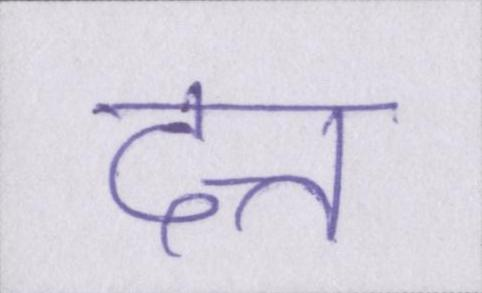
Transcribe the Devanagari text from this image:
दत्त